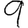
Digit: 9